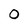
Character: 0